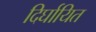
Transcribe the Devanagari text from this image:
दिर्घायित